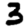
Digit: 3